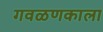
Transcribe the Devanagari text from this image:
गवळणकाला